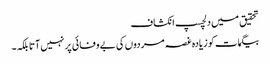
تحقیق میں دلچسپ انکشاف
بیگمات کو زیادہ غصہ مردوں کی بے وفائی پر نہیں آتا بلکہ۔